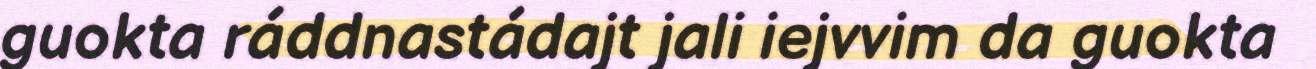
guokta ráddnastádajt jali iejvvim da guokta